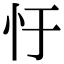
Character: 𢖳